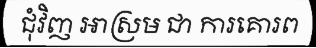
ជុំវិញ អាស្រម ជា ការគោរព